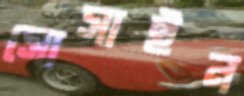
সোসাইন